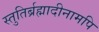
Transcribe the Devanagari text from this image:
स्तुतिर्ब्रह्मादीनामपि